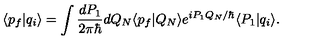
\langle p _ { f } | q _ { i } \rangle = \int \frac { d P _ { 1 } } { 2 \pi \hbar } d Q _ { N } \langle p _ { f } | Q _ { N } \rangle e ^ { i P _ { 1 } Q _ { N } / \hbar } \langle P _ { 1 } | q _ { i } \rangle .